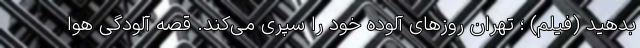
بدهید (فیلم) ؛ تهران روزهای آلوده خود را سپری می‌کند. قصه آلودگی هوا